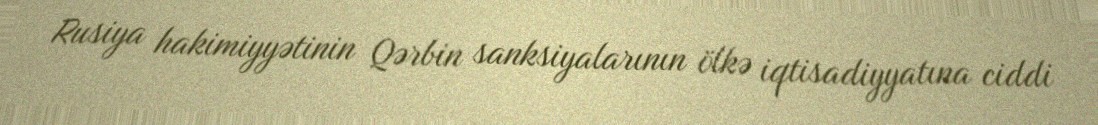
Rusiya hakimiyyətinin Qərbin sanksiyalarının ölkə iqtisadiyyatına ciddi